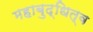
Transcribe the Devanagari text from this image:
महाबुद्धित्व